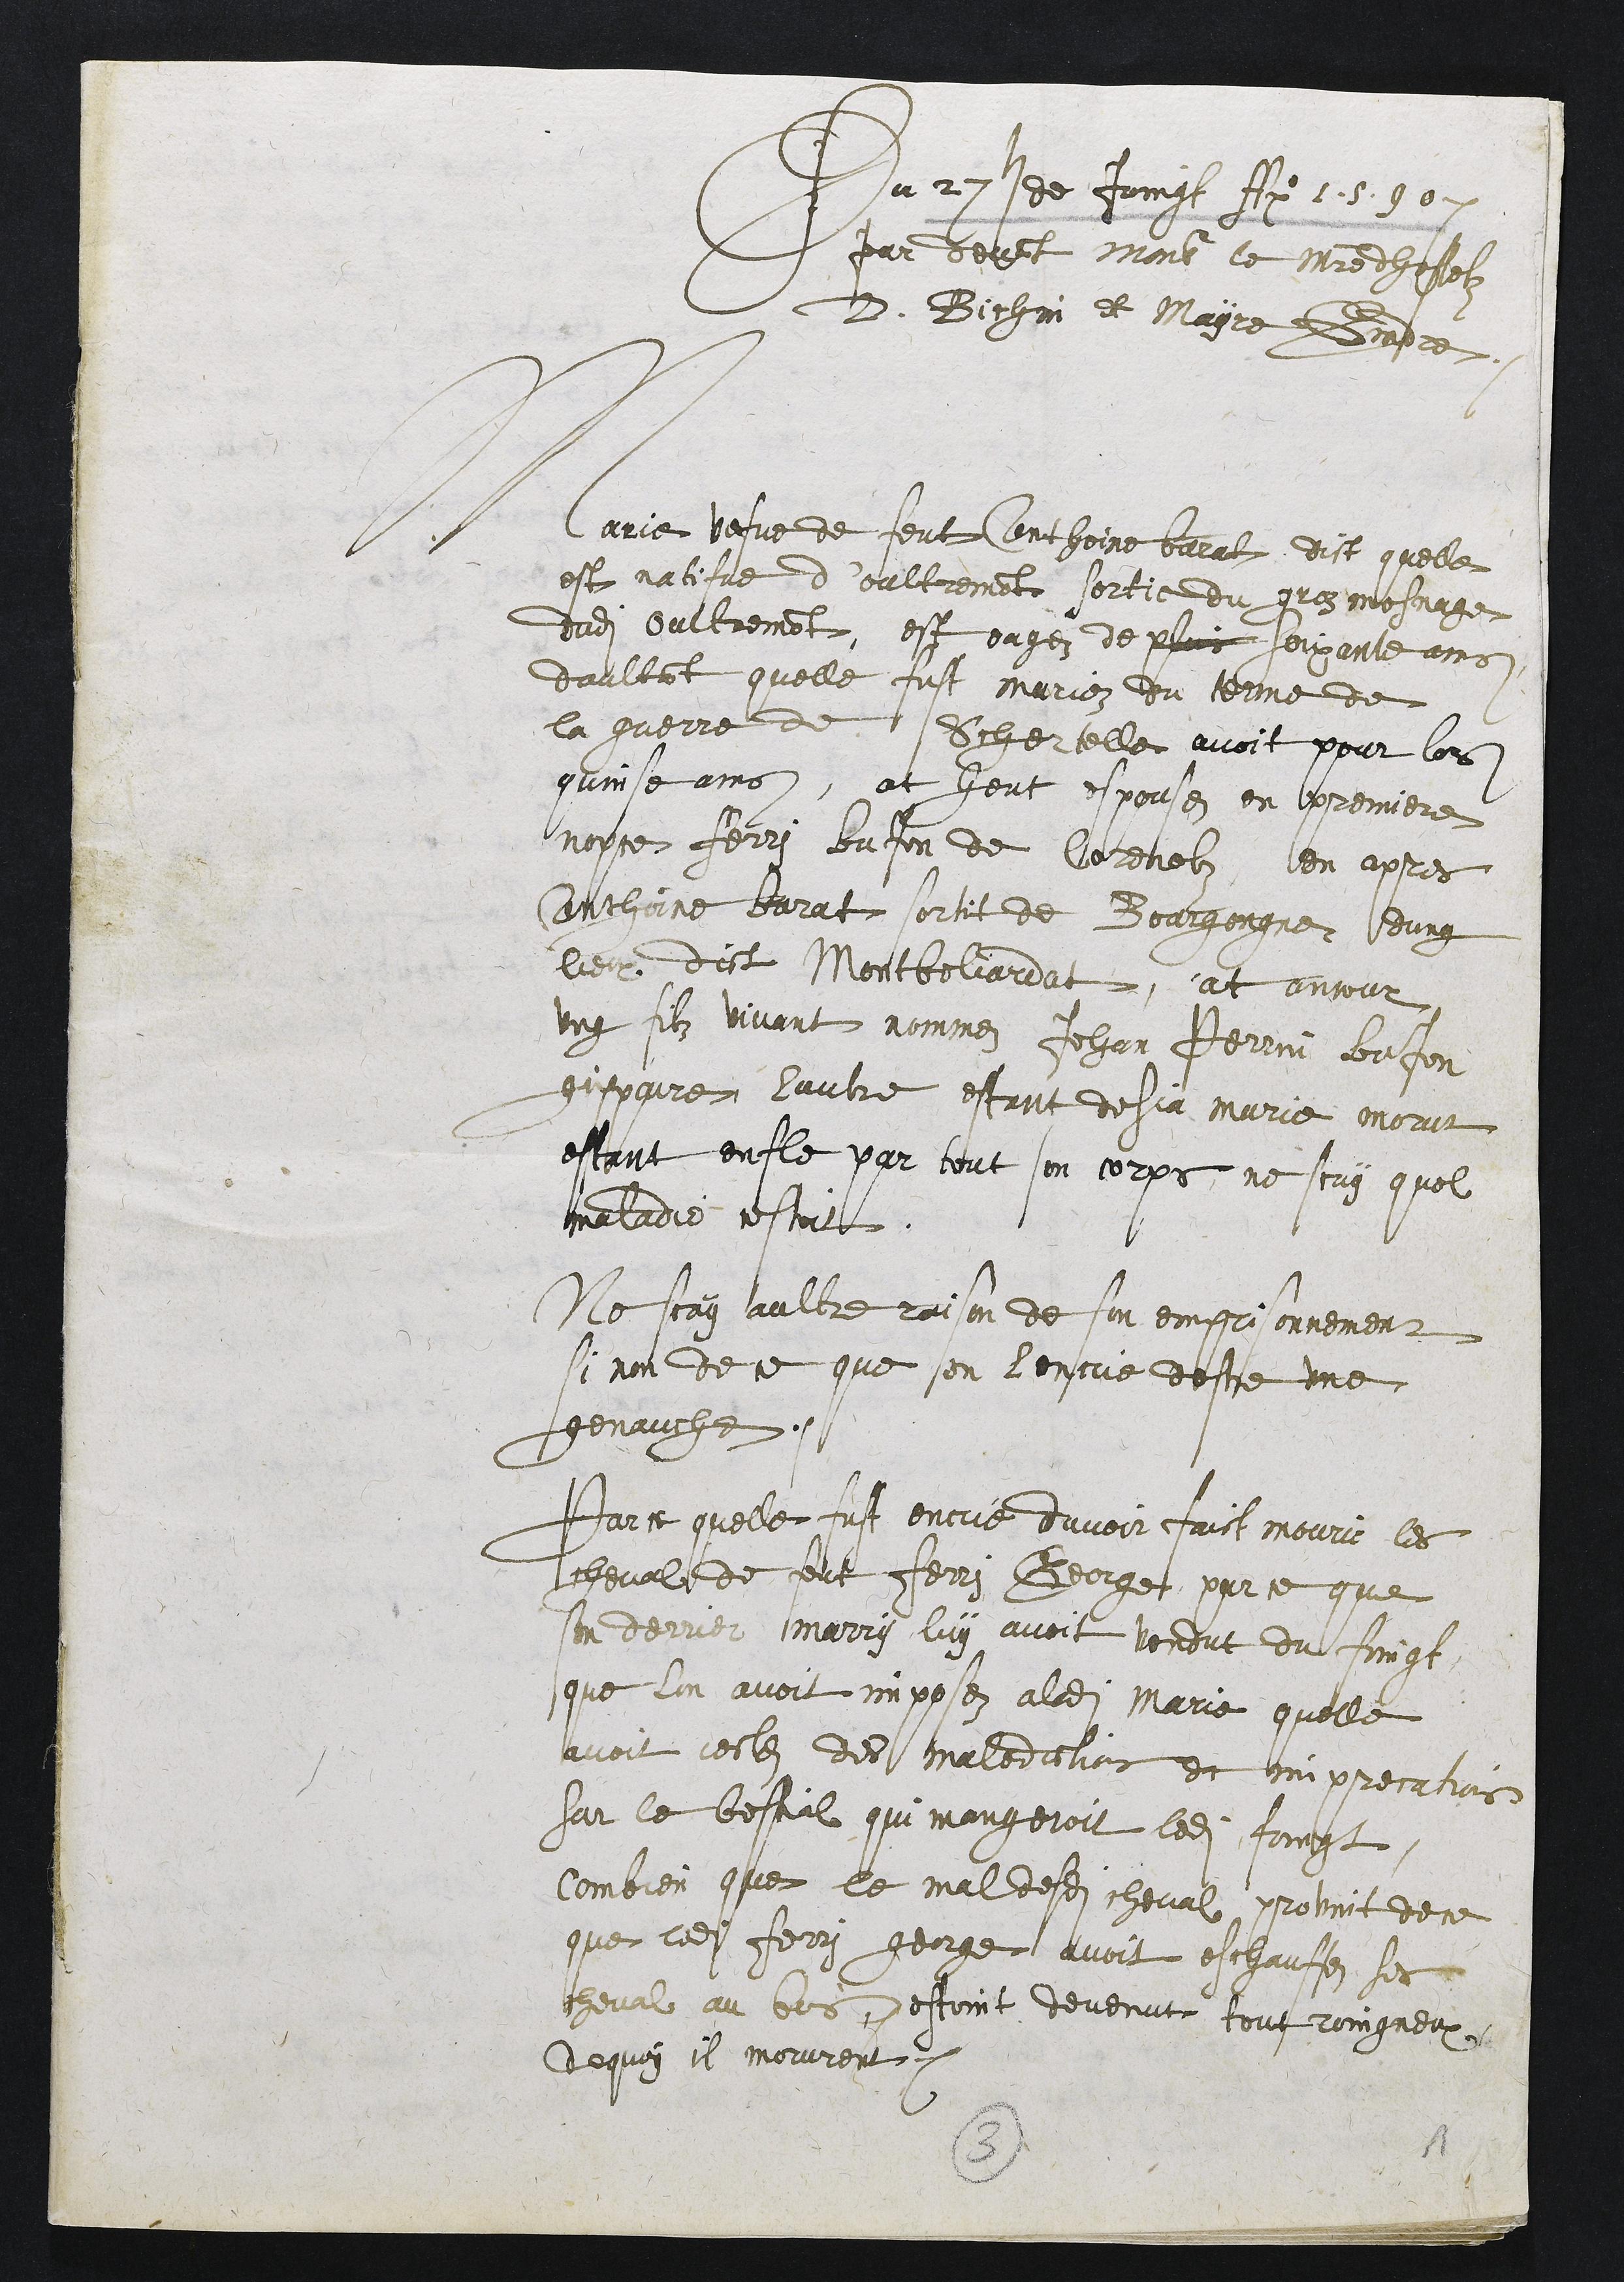
Du 27e de juingt Ano 1.5.90.
Par devant monsieur le maistre dhostelz
D. Bichin et maÿre Grade.
Marie vefve de feut Anthoine Barat dict quelle
est natifve d’Oultremo[n]t sortie du groz mesnage
dudi[t] Oultremont, est eagez de plus soixante ans
daulta[n]t quelle fut mariez du terme de
la guerre de Schertelle avoit pour lors
quinse ans, at heut espouse[z] en premiere
noce Ferry Bafon de Corenolz en apres
Anthoine Barat sortit de Bourgongne dung
lieux dict Montbeliardat, at ancour
ung filz vivant nommez Jehan Perrin Bafon
gippaire, lautre estant desia marie morut
estant enfle par tout son corps ne scay quel
maladie estoit
Ne scay aultre raison de son emprisonnement
si non de ce que on l encrie destre une
genauche.
Par ce quelle fust encrie davoir faict mourir les
chevalx de feut Ferry Georges par ce que
son dernier marry luy avoit vendut du foingt
que lon avoit imposez aladi[cte] Marie quelle
avoit [] des malediction et imprecation
sur le bestial qui mangeroit ledi[ct] foingt
combien que le mal desdi[t] cheval provint de ce
que ledit Ferry George avoit eschauffe ses
cheval au bois, estoint devenut tout roingneux
de quoi il morurent